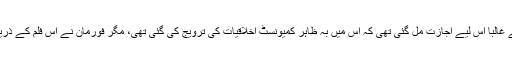
اس فلم کو سنسر بورڈ سے غالباً اس لیے اجازت مل گئی تھی کہ اس میں بہ ظاہر کمیونسٹ اخلاقیات کی ترویج کی گئی تھی، مگر فورمان نے اس فلم کے ذریعے کمیونزم پر تنقید کی۔